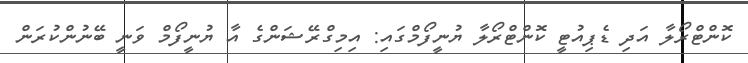
ކޮންޓްރޯލާ އަދި ޑެޕިއުޓީ ކޮންޓްރޯލާ ޔުނީފޯމްގައި: އިމިގްރޭޝަންގެ އާ ޔުނީފޯމް ވަނީ ބޭނުންކުރަން